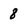
Character: 8